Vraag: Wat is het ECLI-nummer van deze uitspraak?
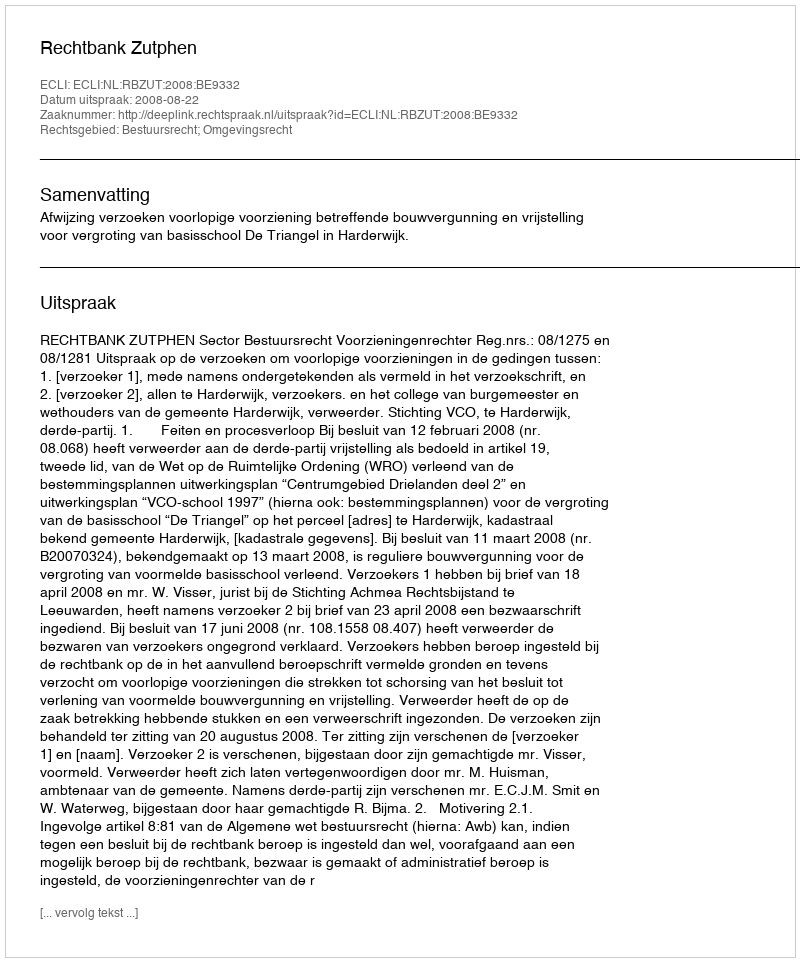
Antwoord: ECLI:NL:RBZUT:2008:BE9332